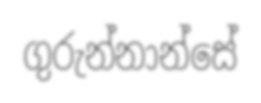
ගුරුන්නාන්සේ